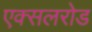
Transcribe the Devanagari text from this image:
एक्सलरोड